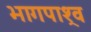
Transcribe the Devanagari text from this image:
भागपाश्र्व